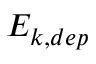
E _ { k , d e p }